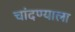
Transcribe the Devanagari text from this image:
चांदण्याला